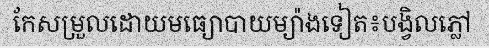
កែសម្រួលដោយមធ្យោបាយម្យ៉ាងទៀត៖បង្វិលភ្លៅ